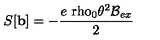
S [ \mathbf { b } ] = - \frac { e { \mathrm { \ r h o } } _ { 0 } \theta ^ { 2 } \mathcal { B } _ { e x } } { 2 }